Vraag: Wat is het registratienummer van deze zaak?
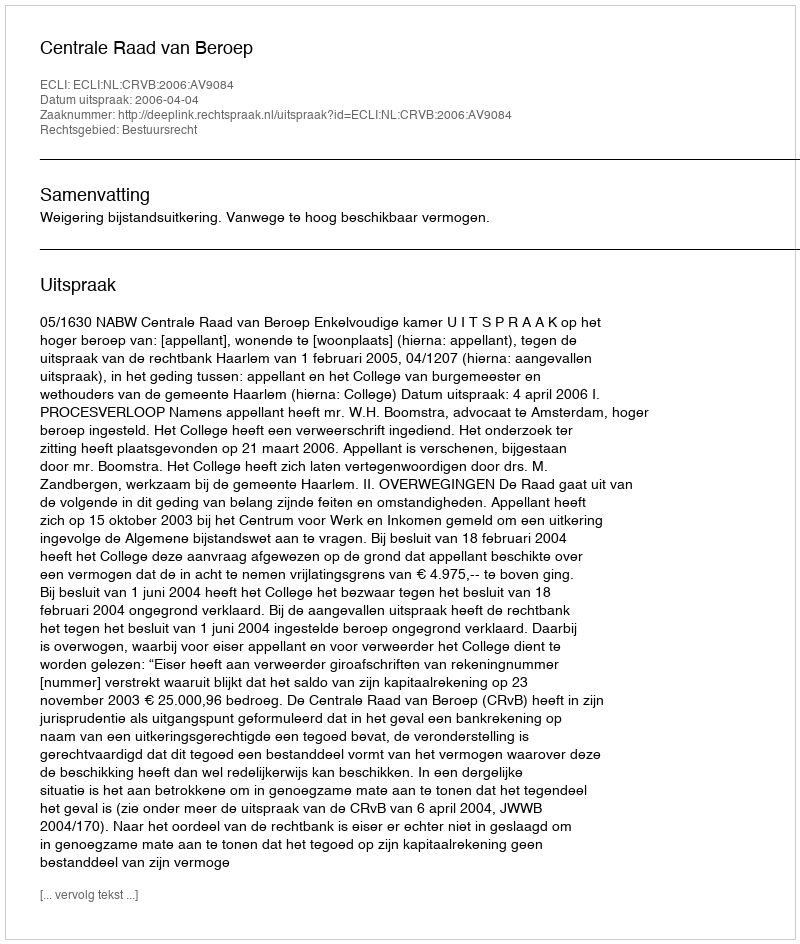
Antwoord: http://deeplink.rechtspraak.nl/uitspraak?id=ECLI:NL:CRVB:2006:AV9084